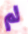
لم